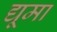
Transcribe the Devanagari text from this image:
द्यूमा